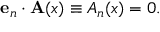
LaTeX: { \bf e } _ { n } \cdot { \bf A } ( x ) \equiv A _ { n } ( x ) = 0 .